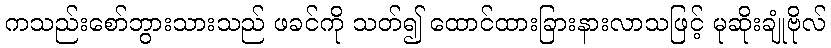
ကသည်းစော်ဘွားသားသည် ဖခင်ကို သတ်၍ ထောင်ထားခြားနားလာသဖြင့် မုဆိုးချုံဗိုလ်